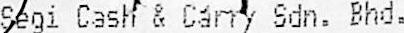
SEGI CASH & CARRY SDN. BHD.